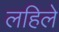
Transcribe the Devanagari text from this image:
लहिले